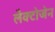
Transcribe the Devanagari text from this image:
लैक्टोजेन